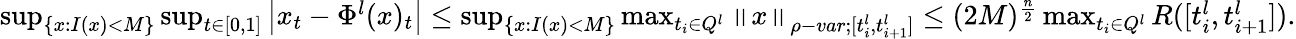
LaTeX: \begin{array}{r}{\operatorname*{sup}_{\{ x:I(x)<M\} }\operatorname*{sup}_{t\in[0,1]}\left|x_{t}-\Phi^{l}(x)_{t}\right|\leq\operatorname*{sup}_{\{ x:I(x)<M\} }\operatorname*{max}_{t_{i}\in Q^{l}}{\left\lVert{x}\right\rVert}_{\rho-var;[t_{i}^{l},t_{i+1}^{l}]}\leq(2M)^{\frac{n}{2}}\operatorname*{max}_{t_{i}\in Q^{l}}R([t_{i}^{l},t_{i+1}^{l}]).}\end{array}